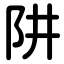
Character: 阱